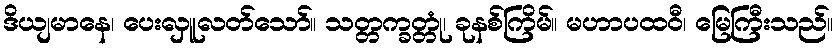
ဒိယျမာနေ၊ ပေးလှူလတ်သော်။ သတ္တက္ခတ္တုံ၊ ခုနစ်ကြိမ်။ မဟာပထဝီ၊ မြေကြီးသည်။